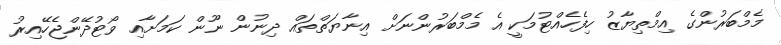
މެމްބަރުންގެ އިމްތިޔާޒު ހިފެހެއްޓުމަކީ އެ މެމްބަރުންނަށް އިނާޔަތްތައް ދިނުން ނޫން ކަމަށާއި ވޯޓުދޭންޖެހޭއިރު